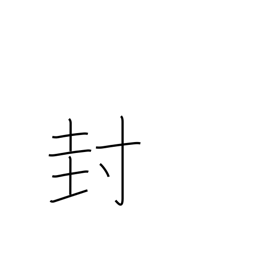
Meaning: closing